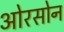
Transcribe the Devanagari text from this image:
ओरसोन